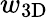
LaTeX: w_{\mathrm{3D}}